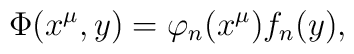
\Phi(x^{\mu},y)=\varphi_n(x^{\mu})f_n(y),